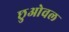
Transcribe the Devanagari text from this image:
छुओवल